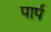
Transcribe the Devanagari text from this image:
पार्प